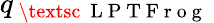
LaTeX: q_{\mathrm{~\textsc~{~L~P~T~F~r~o~g~}~}}